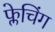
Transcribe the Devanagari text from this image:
फ्लेचिंग